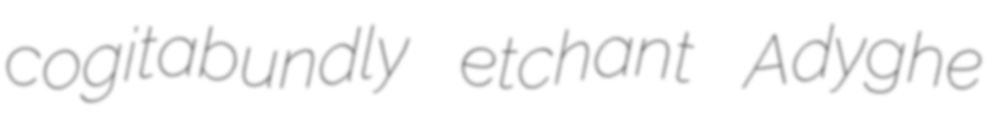
cogitabundly etchant Adyghe